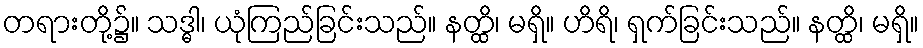
တရားတို့၌။ သဒ္ဓါ၊ ယုံကြည်ခြင်းသည်။ နတ္ထိ၊ မရှိ။ ဟိရိ၊ ရှက်ခြင်းသည်။ နတ္ထိ၊ မရှိ။